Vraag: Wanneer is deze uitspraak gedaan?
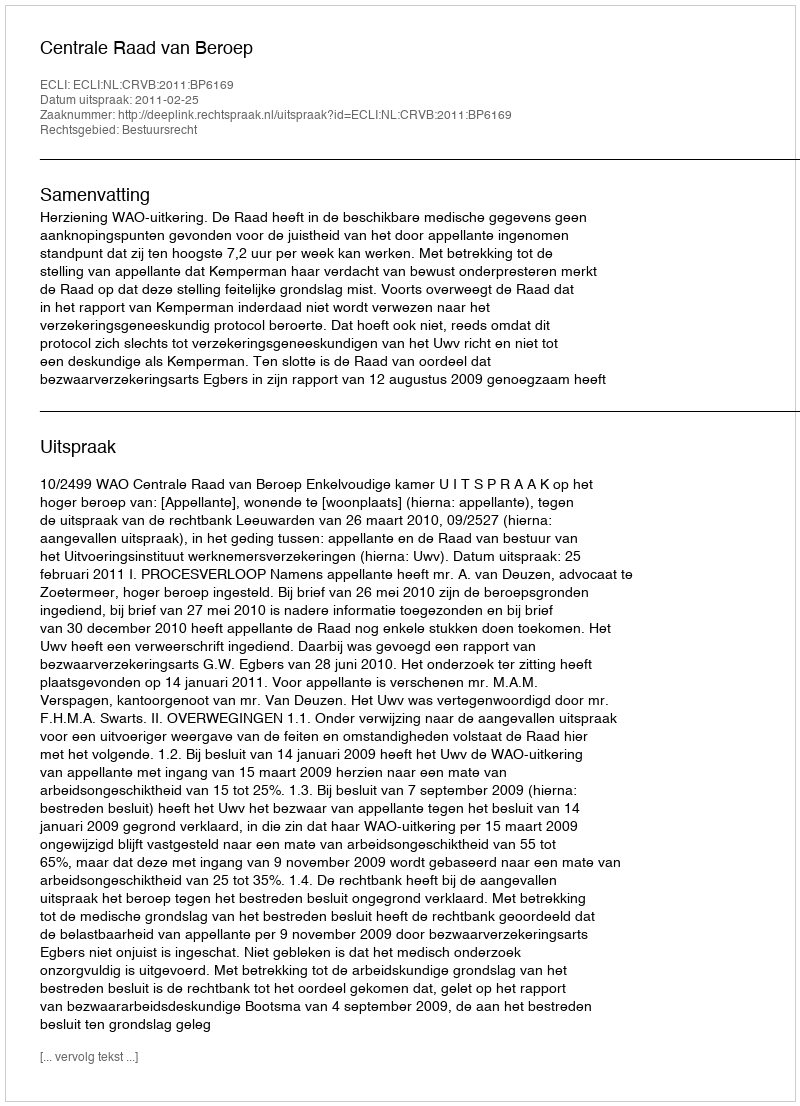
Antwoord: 2011-02-25